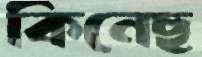
কিনেছ